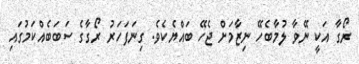
ރޯގާ އަކީ ނޭވާ ލުމާބެހޭ ނިޒާމަށް ޖެހޭ ބައްޔެކެވެ. ގިނަފަހަރު ރޯގާގެ ސަބަބެއްކަމުގައި